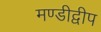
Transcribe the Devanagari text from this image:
मण्डीद्वीप